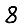
Digit: 8